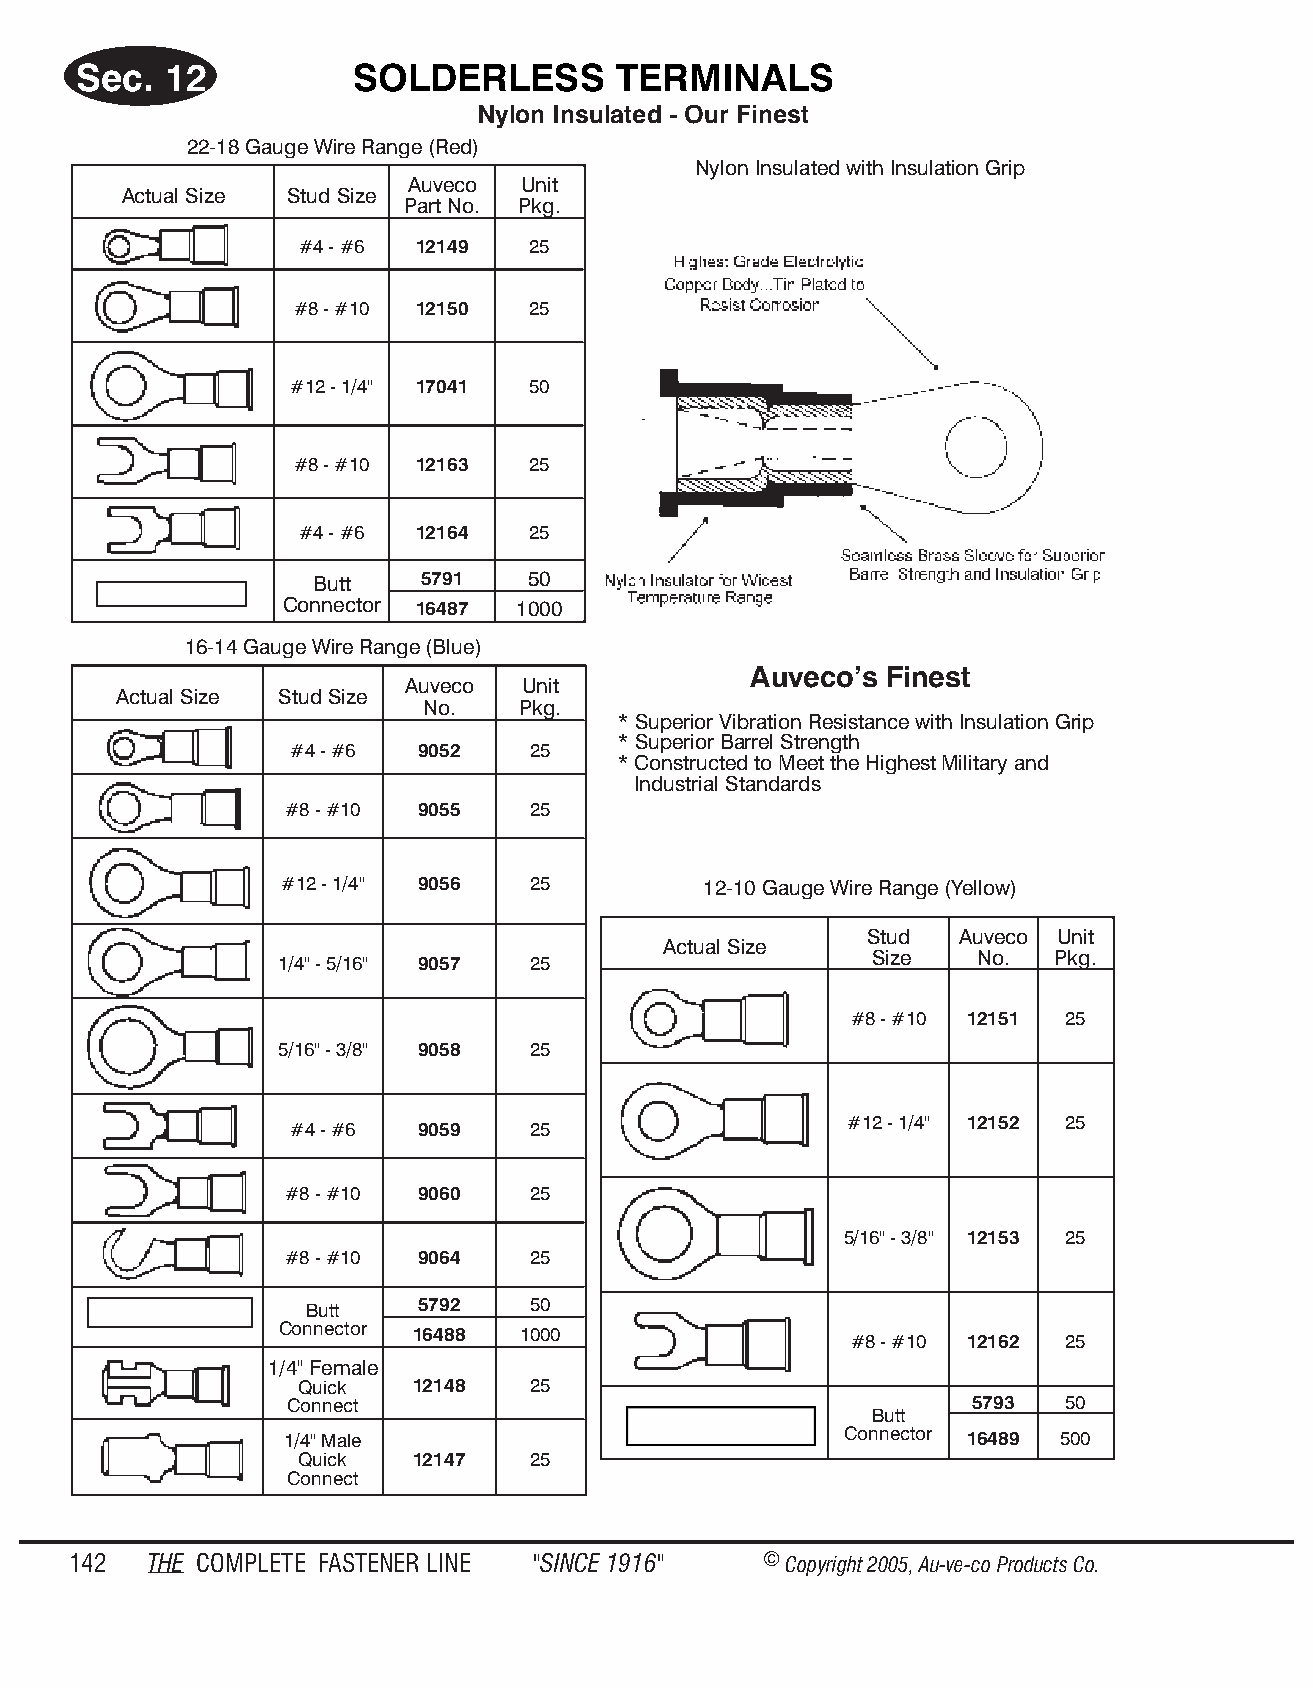
Sec.  12           SOLDERLESS       TER  MI NALS
 Ny lon In su lated - Our Fin est
 22-18 Gauge Wire Range (Red)
 Nylon Insulated with Insulation Grip
 Auveco  Unit
 Actual Size Stud Size
 Part No. Pkg.
 #4 - #6 12149  25
 #8 - #10 12150 25
 #12 - 1/4" 17041 50
 #8 - #10 12163 25
 #4 - #6 12164  25
 Butt   5791   50
 Connector 16487 1000
 16-14 Gauge Wire Range (Blue)
 Auveco’s Finest
 Auveco  Unit
 Actual Size Stud Size
 No.    Pkg.
 * Superior Vibration Resistance with Insulation Grip
 * Superior Barrel Strength
 #4 - #6  9052   25
 * Constructed to Meet the Highest Military and
 Industrial Standards
 #8 - #10 9055   25
 #12 - 1/4" 9056 25          12-10 Gauge Wire Range (Yellow)
 Stud  Auveco Unit
 Actual Size
 Size   No.  Pkg.
 1/4" - 5/16" 9057 25
 #8 - #10 12151 25
 5/16" - 3/8" 9058 25
 #4 - #6  9059   25                   #12 - 1/4" 12152 25
 #8 - #10 9060   25
 5/16" - 3/8" 12153 25
 #8 - #10 9064   25
 Butt    5792   50
 Connector 16488 1000
 #8 - #10 12162 25
 1/4" Female
 Quick   12148  25
 Connect                                       5793  50
 Butt
 1/4" Male                            Connector 16489 500
 Quick   12147  25
 Connect
 142  THE COM PLETE FAST ENER LINE "SINCE 1916" © Copyr ight 2005, Au-ve-co Produ cts Co.